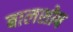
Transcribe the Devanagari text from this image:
बालशोष